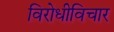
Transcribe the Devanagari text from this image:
विरोधीविचार